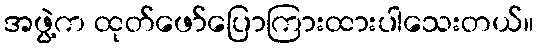
အဖွဲ့က ထုတ်ဖော်ပြောကြားထားပါသေးတယ်။